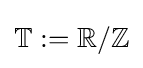
\mathbb {T} :=\mathbb {R} /\mathbb {Z}